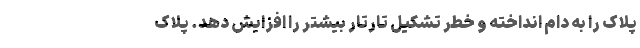
پلاک را به دام انداخته و خطر تشکیل تارتار بیشتر را افزایش دهد. پلاک